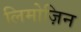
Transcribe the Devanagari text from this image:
लिमोज़िन